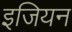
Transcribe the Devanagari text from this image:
इजियन